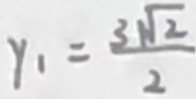
y _ { 1 } = \frac { 3 \sqrt { 2 } } { 2 }